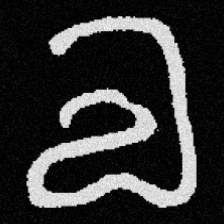
Pyu character \u2014 Myanmar letter: လ (romanized: la)